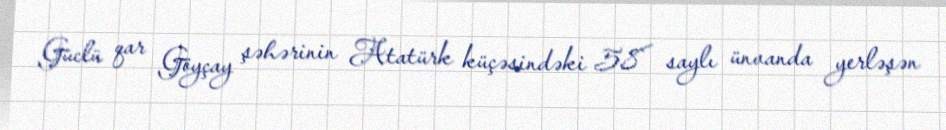
Güclü qar Göyçay şəhərinin Atatürk küçəsindəki 58 saylı ünvanda yerləşən